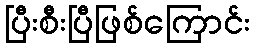
ပြီးစီးပြီဖြစ်ကြောင်း